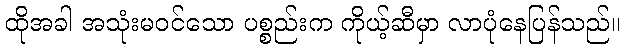
ထိုအခါ အသုံးမဝင်သော ပစ္စည်းက ကိုယ့်ဆီမှာ လာပုံနေပြန်သည်။